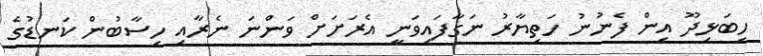
ހިބަޅިދޫ އިން ފެނުނު ހަތިޔާރު ނަގާފައިވަނީ އެރަށަށް ވަންނަ ނެރާއި ހިސާބުން ކަނޑުގެ